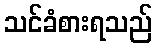
သင်ခံစားရသည်